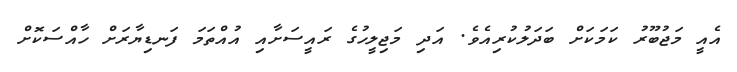
އެއީ މަޖުބޫރު ކަމަކަށް ބަދަލުކުރިއެވެ. އަދި މަޖިލީހުގެ ރައީސަށާއި އުއްތަމަ ފަނޑިޔާރަށް ހާއްސަކޮށް